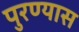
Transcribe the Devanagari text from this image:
पुरण्यास